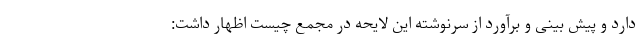
دارد و پیش بینی و برآورد از سرنوشته این لایحه در مجمع چیست اظهار داشت: